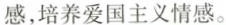
感，培养爱国主义情感。